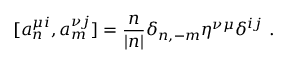
[ a _ { n } ^ { \mu i } , a _ { m } ^ { \nu j } ] = \frac { n } { | n | } \delta _ { n , - m } \eta ^ { \nu \mu } \delta ^ { i j } \ .